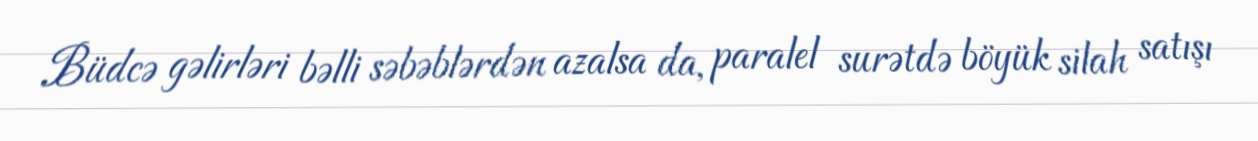
Büdcə gəlirləri bəlli səbəblərdən azalsa da, paralel surətdə böyük silah satışı